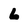
Character: 6